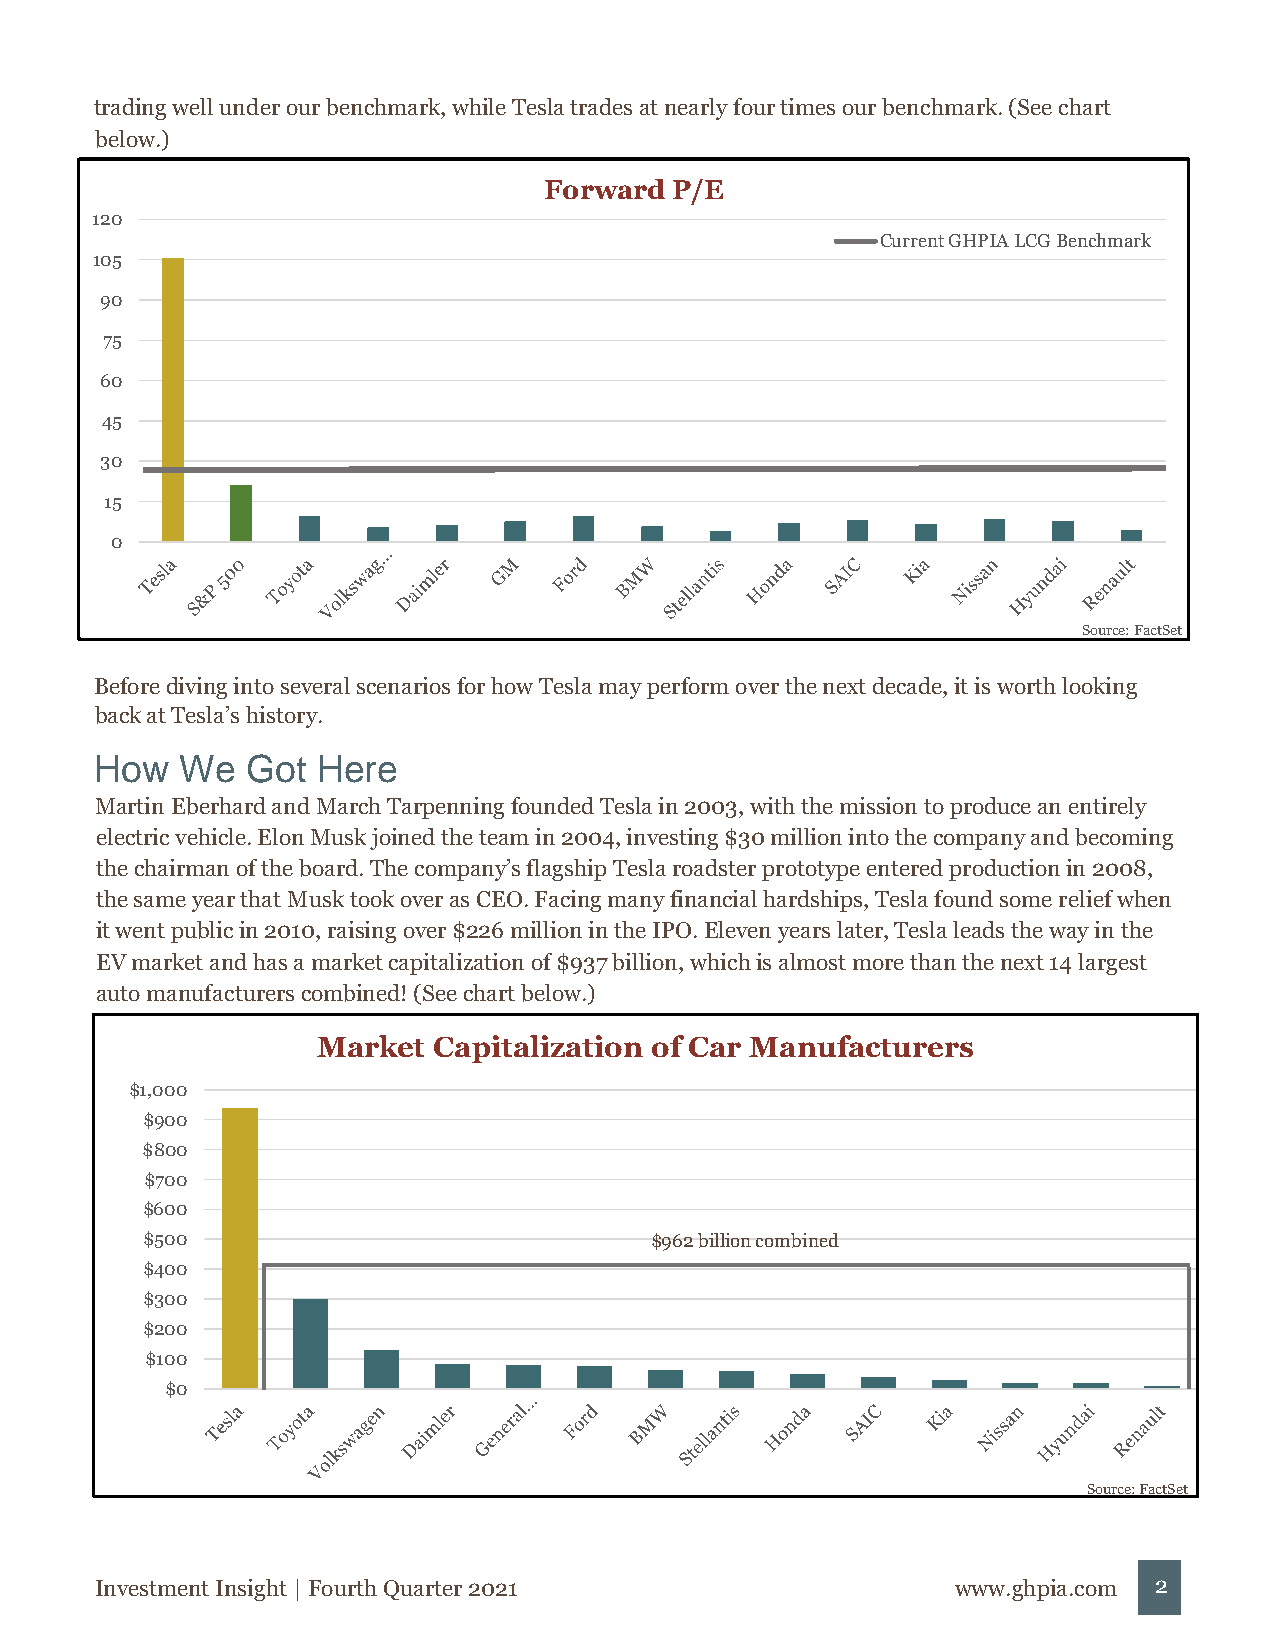
trading well under our benchmark, while Tesla trades at nearly four times our benchmark. (See chart
 below.)
 Forward  P/E
 120
 Current GHPIA LCG Benchmark
 105
 90
 75
 60
 45
 30
 15
 0
 Source: FactSet
 Before diving into several scenarios for how Tesla may perform over the next decade, it is worth looking
 back at Tesla’s history.
 How   We  Got  Here
 Martin Eberhard and March Tarpenning founded Tesla in 2003, with the mission to produce an entirely
 electric vehicle. Elon Musk joined the team in 2004, investing $30 million into the company and becoming
 the chairman of the board. The company’s flagship Tesla roadster prototype entered production in 2008,
 the same year that Musk took over as CEO. Facing many financial hardships, Tesla found some relief when
 it went public in 2010, raising over $226 million in the IPO. Eleven years later, Tesla leads the way in the
 EV market and has a market capitalization of $937 billion, which is almost more than the next 14 largest
 auto manufacturers combined! (See chart below.)
 Market  Capitalization of Car Manufacturers
 $1,000
 $900
 $800
 $700
 $600
 $500                              $962 billion combined
 $400
 $300
 $200
 $100
 $0
 Source: FactSet
 Investment Insight | Fourth Quarter 2021                 www.ghpia.com 2